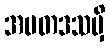
အမတဒသမှိ